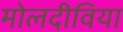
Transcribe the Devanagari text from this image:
मोलदीविया